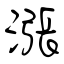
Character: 漲